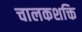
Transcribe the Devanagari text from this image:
चालकशक्ति